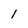
Character: 1